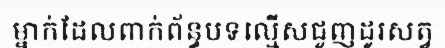
ម្នាក់ដែលពាក់ព័ន្ធបទល្មើសជួញដូរសត្វ